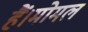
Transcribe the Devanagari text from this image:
हैं।मोमल